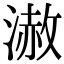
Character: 𣻪